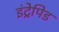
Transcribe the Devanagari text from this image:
इंट्रेपिड